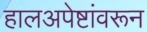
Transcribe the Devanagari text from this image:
हालअपेष्टांवरून